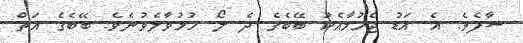
ސާފެވެ. އެ އަޑު ޖެހުމާއެކު ބޭބެގެ ދެ ލޯ ހުޅުވާލެވުނެވެ. ބޭބެގެ އަތް